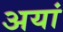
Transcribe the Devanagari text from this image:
अयां